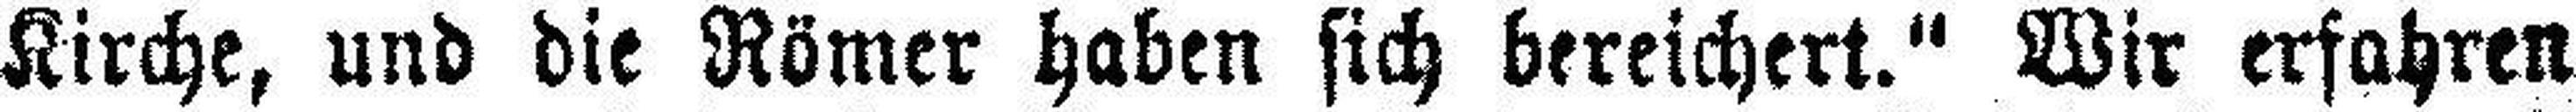
Kirche, und die Römer haben sich bereichert.“ Wir erfahren